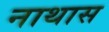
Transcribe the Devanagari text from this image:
नाथास